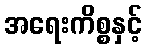
အရေးကိစ္စနှင့်